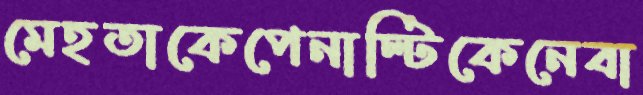
মেহতাকেপেনাল্টিকেনেবা